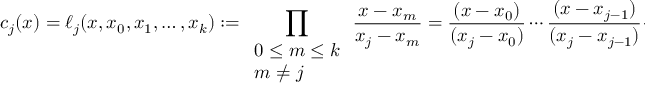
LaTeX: c _ { j } ( x ) = \ell _ { j } ( x , x _ { 0 } , x _ { 1 } , \ldots , x _ { k } ) : = \prod _ { \begin{array} { l } { 0 \leq m \leq k } \\ { m \neq j } \end{array} } { \frac { x - x _ { m } } { x _ { j } - x _ { m } } } = { \frac { ( x - x _ { 0 } ) } { ( x _ { j } - x _ { 0 } ) } } \cdots { \frac { ( x - x _ { j - 1 } ) } { ( x _ { j } - x _ { j - 1 } ) } } { \frac { ( x - x _ { j + 1 } ) } { ( x _ { j } - x _ { j + 1 } ) } } \cdots { \frac { ( x - x _ { k } ) } { ( x _ { j } - x _ { k } ) } } .